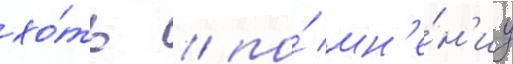
хо́ть / по́ мн'е́н'иу